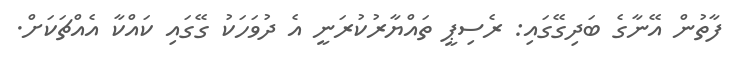
ފާތުން އޭނާގެ ބަދިގޭގައި: ރެސިޕީ ތައްޔާރުކުރަނީ އެ ދުވަހަކު ގޭގައި ކައްކާ އެއްޗަކަށް.